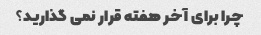
چرا برای آخر هفته قرار نمی گذارید؟